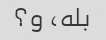
بله، و؟